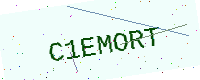
Text: C1EMORT